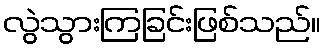
လွဲသွားကြခြင်းဖြစ်သည်။